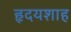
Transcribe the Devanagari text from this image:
हृदयशाह